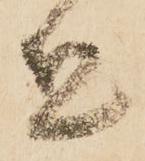
宜